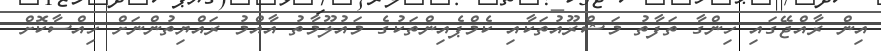
އިން ރާއްޖޭގައި ހިންގާ ތަފާތު މަޝްރޫއުތަކާއި ކެމްޕެއިންތަކުގެ މައުލޫމާތު އާއްމު ރައްޔިތުންނަށް ހިއްސާކޮށް